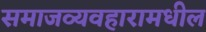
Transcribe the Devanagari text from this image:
समाजव्यवहारामधील